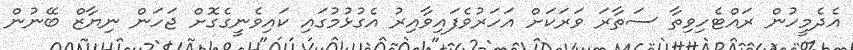
އެދެމީހުން ރައްޓެހިވިތާ ސަތާރަ ވަރަކަށް އަހަރުވެފައިވާއިރު އެގުޅުމުގައި ކައިވެނީގެގޮށް ޖަހަން ނިޔާޒް ބޭނުން